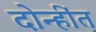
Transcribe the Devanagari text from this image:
दोन्हींत